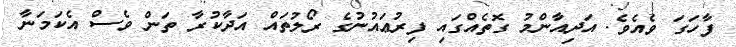
ފާހަގަ ވެއެވެ. އަދިއާންމު ގޮތެއްގައި ފިރުޢައުނުގެ ރޯލުތައް އަދާކުރާ ތަން ވެސް އެކަމަނާ